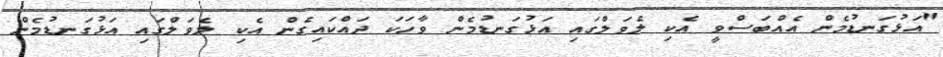
"އަޅުގަނޑުމެން އެއްބަސްވީ އެކި ލެވަލްގައި އަޅުގަނޑުމެން ވާހަކަ ދައްކައިގެން އެކި ލެވަލްގައި އަޅުގަނޑުމެން